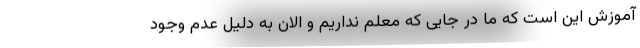
آموزش این است که ما در جایی که معلم نداریم و الان به دلیل عدم وجود